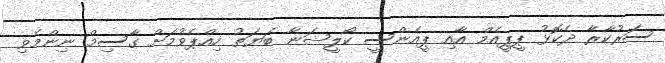
ސަރުކާރާ ދެކޮޅު ޕީޕީއެމް އާއި ޕީއެންސީ ކޯލީޝަނާ ބަޔަތު ހިއްޕެވުމަށް ގާސިމް ނިންމެވި